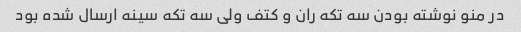
در منو نوشته بودن سه تکه ران و کتف ولی سه تکه سینه ارسال شده بود